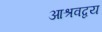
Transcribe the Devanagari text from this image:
आश्रवद्वय